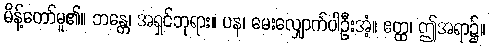
မိန့်တော်မူ၏။ ဘန္တေ၊ အရှင်ဘုရား။ ပန၊ မေးလျှောက်ပါဦးအံ့။ ဧတ္ထ၊ ဤအရာ၌။